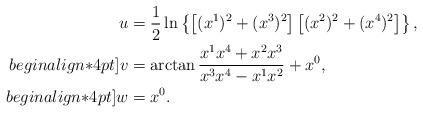
LaTeX: \begin{align*}u&=\frac12\ln \left\{\left[(x^1)^2+(x^3)^2\right]\left[(x^2)^2+(x^4)^2\right]\right\},\\begin{align*}4pt]v&=\arctan \frac{x^1x^4+x^2x^3}{x^3x^4-x^1x^2}+x^0,\\begin{align*}4pt]w&=x^0.\end{align*}